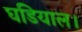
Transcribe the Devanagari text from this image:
घडियाल।